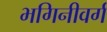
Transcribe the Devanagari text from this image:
भगिनीवर्ग